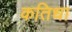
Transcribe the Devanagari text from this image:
कतिधा